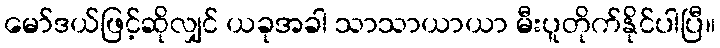
မော်ဒယ်ဖြင့်ဆိုလျှင် ယခုအခါ သာသာယာယာ မီးပူတိုက်နိုင်ပါပြီ။